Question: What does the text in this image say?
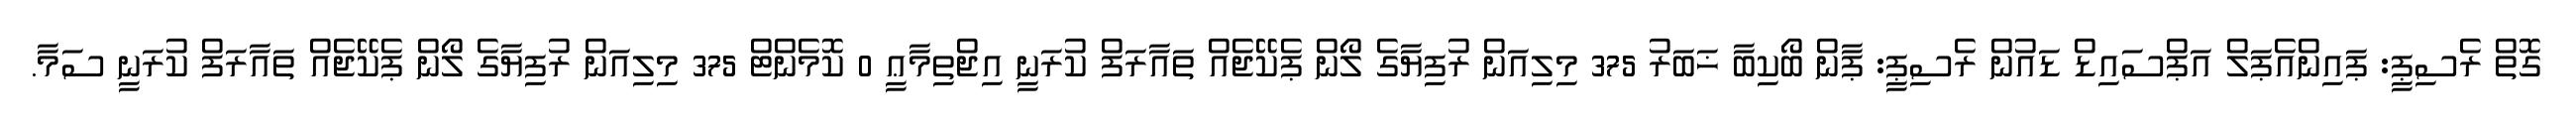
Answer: ގޮތް ރެސިޕީ: ޕައިންއެޕަލް އަޕްސައިޑް ޑައުން ރެސިޕީ: ޕާން ބޯކިބާ ޚަބަރު 375 މިލިއަން ރުފިޔާގެ ލޯން ޕެކޭޖެއް ތައާރަފް ކުރަނީ އިޖްތިމާޢީ 0 ކޮމެންޓް 375 މިލިއަން ރުފިޔާގެ ލޯން ޕެކޭޖެއް ތައާރަފް ކުރަނީ ސަމާ.